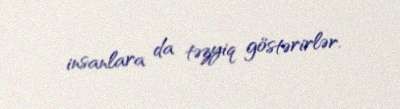
insanlara da təzyiq göstərirlər.